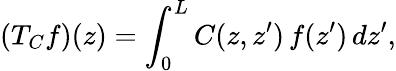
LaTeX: (T_{C}f)(z)=\int_{0}^{L}C(z,z^{\prime})\, f(z^{\prime})\, dz^{\prime},